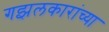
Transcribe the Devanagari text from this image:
गझलकारांच्या